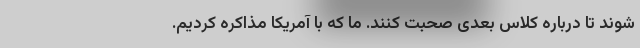
شوند تا درباره کلاس بعدی صحبت کنند. ما که با آمریکا مذاکره کردیم.